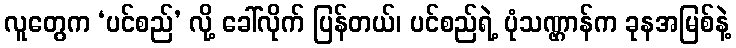
လူတွေက ‘ပင်စည်’ လို့ ခေါ်လိုက် ပြန်တယ်၊ ပင်စည်ရဲ့ ပုံသဏ္ဌာန်က ခုနအမြစ်နဲ့